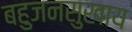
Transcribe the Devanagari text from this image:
बहुजनसुखाय